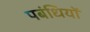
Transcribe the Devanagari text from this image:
पबंधियों